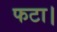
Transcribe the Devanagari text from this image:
फटा।